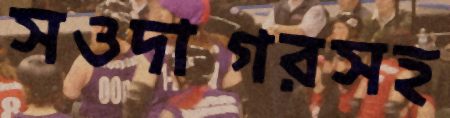
সওদাগরসহ